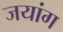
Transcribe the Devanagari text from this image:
जयांग